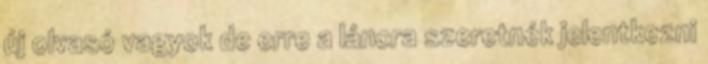
új olvasó vagyok de erre a láncra szeretnék jelentkezni